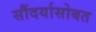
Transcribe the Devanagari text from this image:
सौंदर्यासोबत